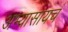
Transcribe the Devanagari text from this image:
अभ्यासायचं